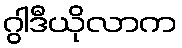
ဂွါဒီယိုလာက